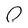
Character: 0